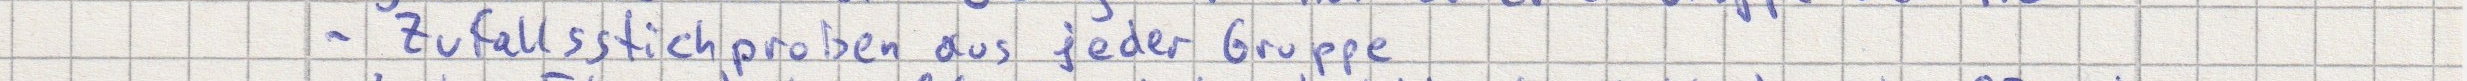
- Zufallsstichprobe aus jeder Gruppe